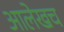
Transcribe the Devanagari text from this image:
आलेखच